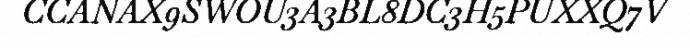
CCANAX9SWOU3A3BL8DC3H5PUXXQ7V